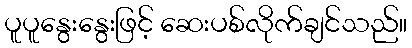
ပူပူနွေးနွေးဖြင့် ဆေးပစ်လိုက်ချင်သည်။